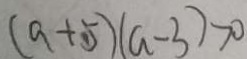
( a + 、 5 ) ( a - 3 ) > 0